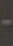
-